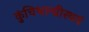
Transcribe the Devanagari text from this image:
कुंचिथान्ग्रीस्थवं